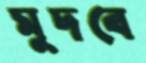
মুদবে